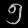
Digit: ၅